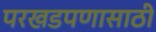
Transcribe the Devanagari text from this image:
परखडपणासाठी